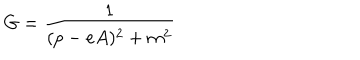
G = \frac { 1 } { ( p - e A ) ^ { 2 } + m ^ { 2 } }